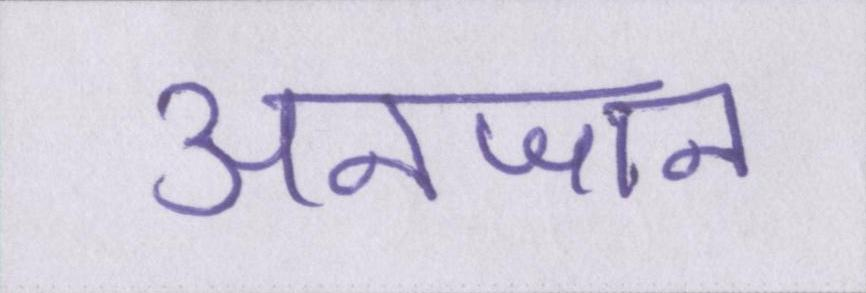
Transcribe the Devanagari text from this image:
अनजान